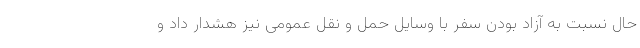
حال نسبت به آزاد بودن سفر با وسایل حمل و نقل عمومی نیز هشدار داد و